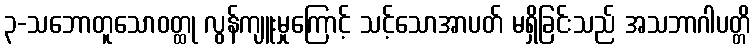
၃-သဘောတူသောဝတ္ထု လွန်ကျူးမှုကြောင့် သင့်သောအာပတ် မရှိခြင်းသည် အသဘာဂါပတ္တိ